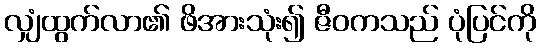
လျှံထွက်လာ၏ ဖိအားသုံး၍ ဇီဝကသည် ပုံပြင်ကို